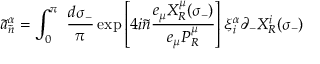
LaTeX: \tilde { a } _ { \tilde { n } } ^ { \alpha } = \int _ { 0 } ^ { \pi } ~ \frac { d \sigma _ { - } } { \pi } \exp \left[ 4 i \tilde { n } \frac { e _ { \mu } X _ { R } ^ { \mu } ( \sigma _ { - } ) } { e _ { \mu } P _ { R } ^ { \mu } } \right] \xi _ { i } ^ { \alpha } \partial _ { - } X _ { R } ^ { i } ( \sigma _ { - } )